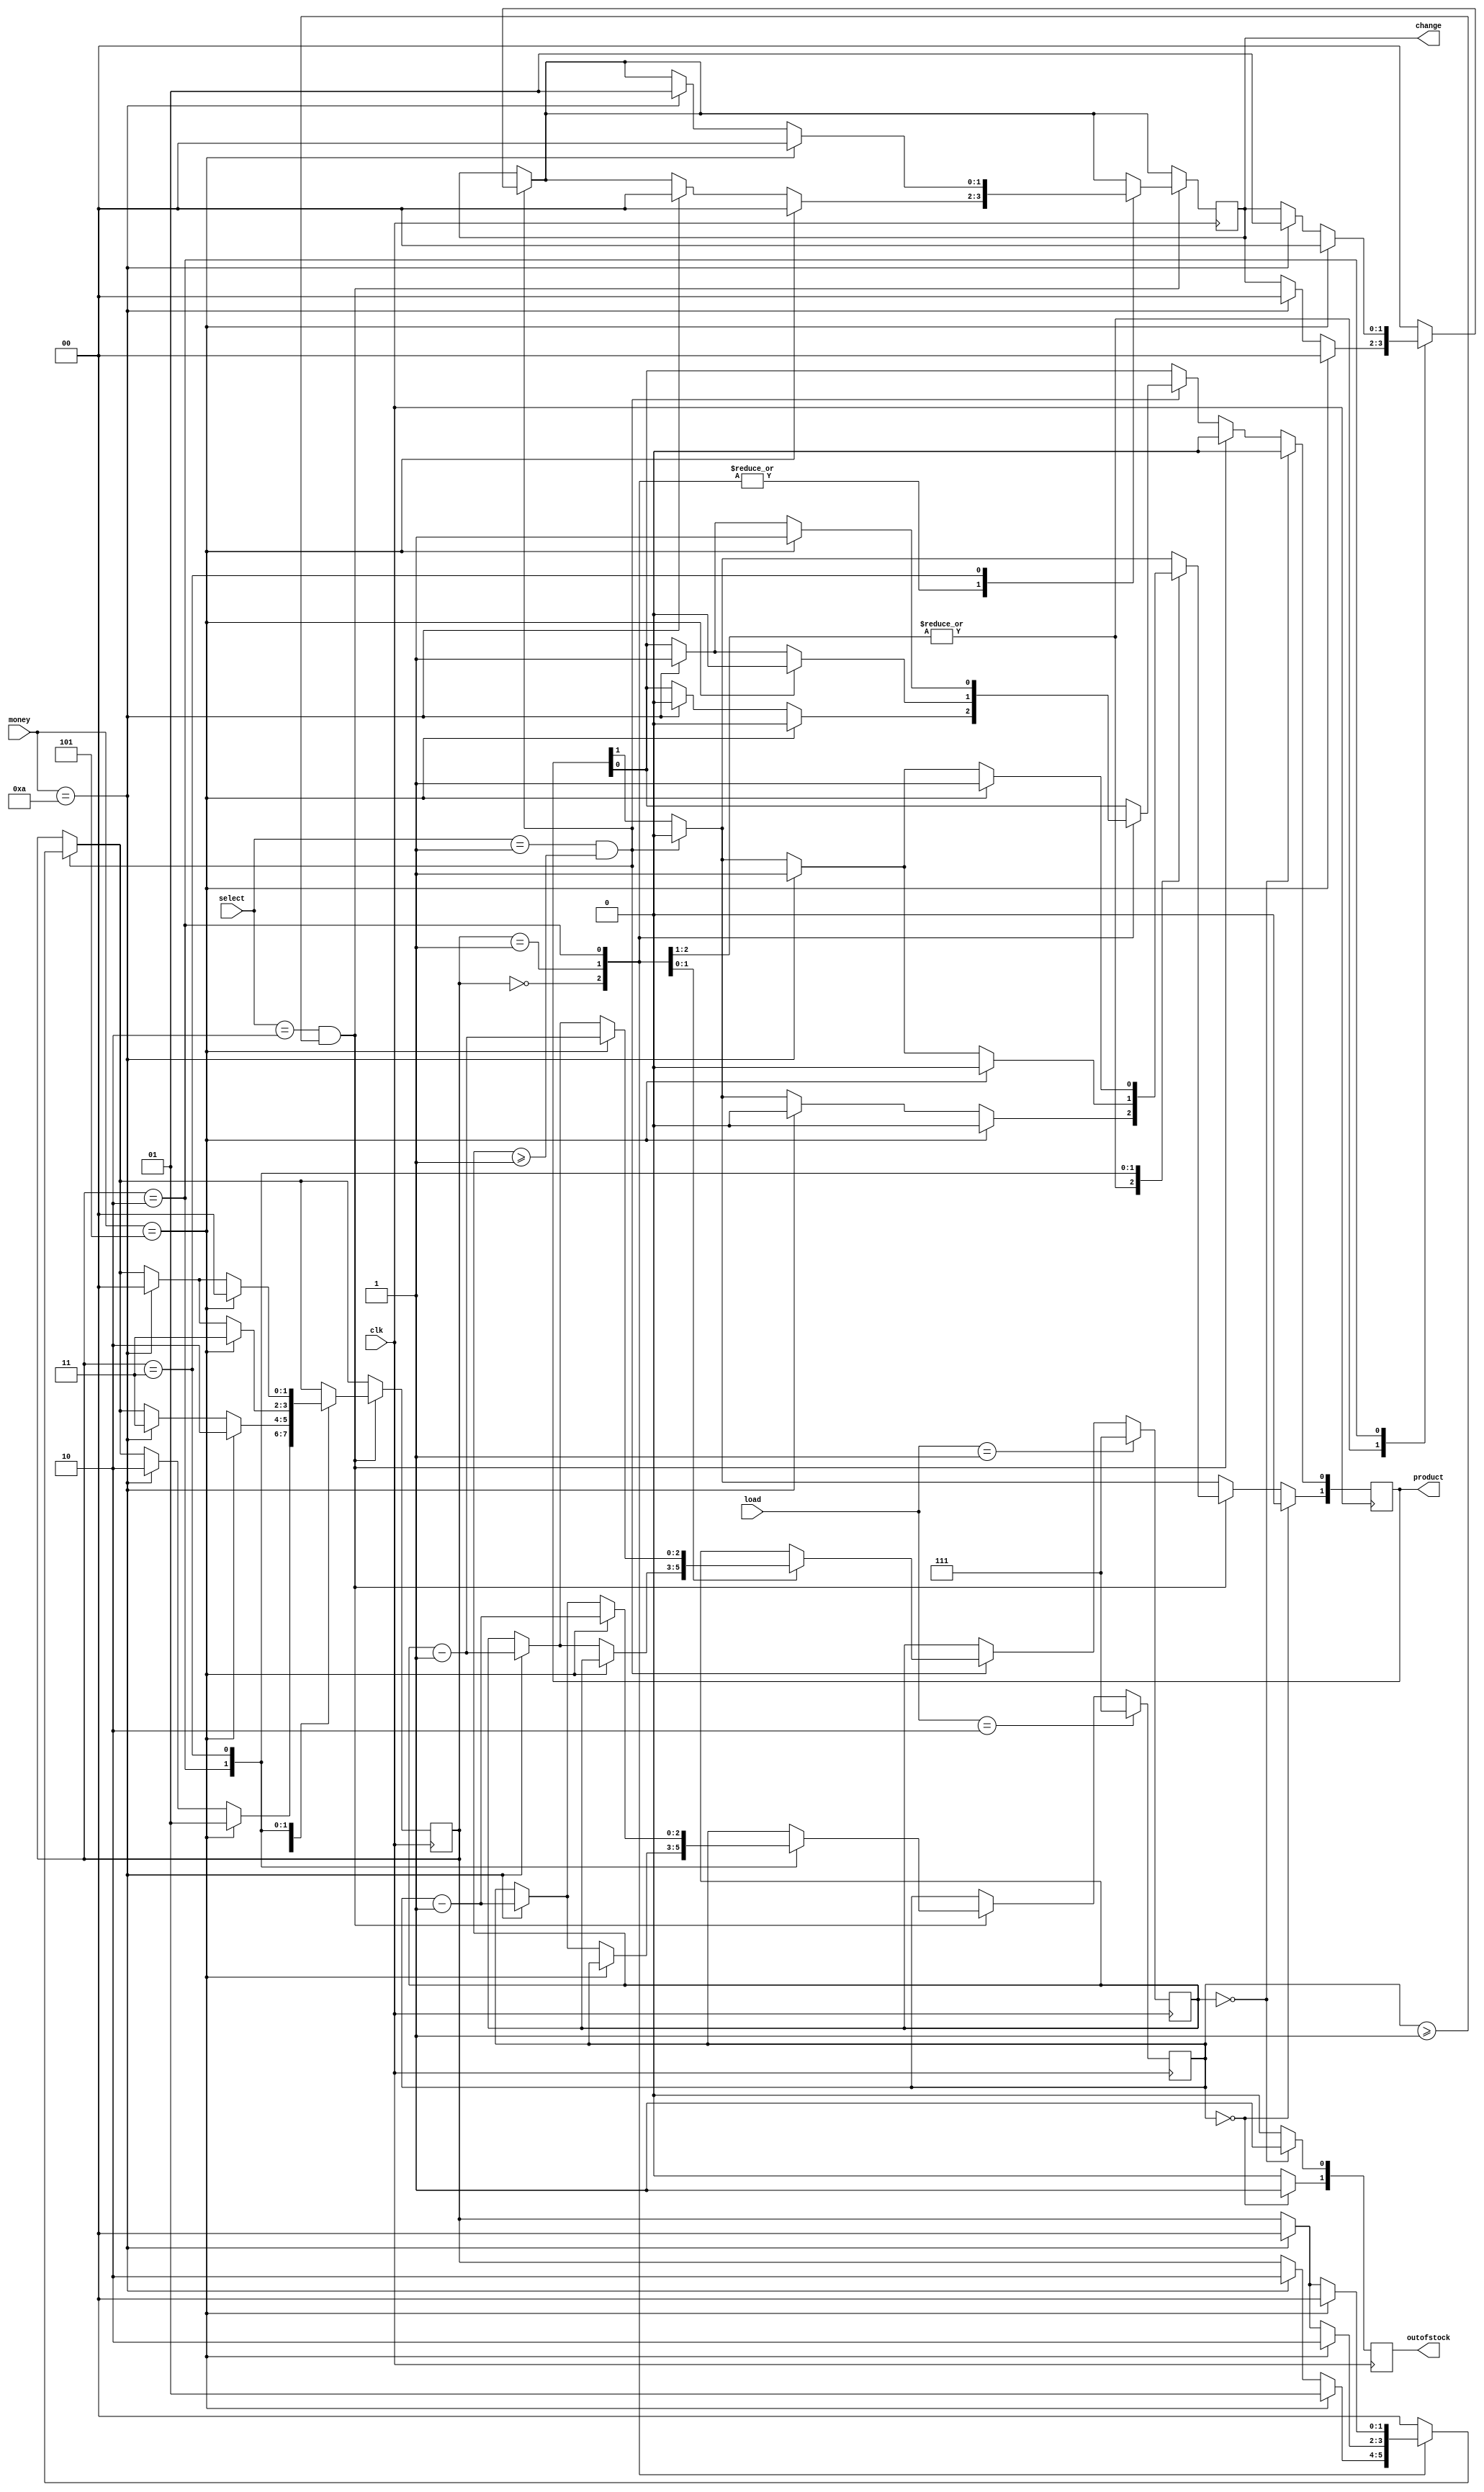
`timescale 1ns / 1ps
//////////////////////////////////////////////////////////////////////////////////
// Company: 
// Engineer: 
// 
// Design Name: 
// Module Name: vending_machine1
// Project Name: 
// Target Devices: 
// Tool Versions: 
// Description: 
// 
// Dependencies: 
// 
// Revision:
// Revision 0.01 - File Created
// Additional Comments:
// 
//////////////////////////////////////////////////////////////////////////////////


module vending_machine1(
    output reg [1:0] product,
    output reg [1:0] change,
    output reg [1:0] outofstock,
//     output reg [2:0] stock0,
    input clk,
    input [3:0] money, //money[0]=5/-,money[1]=10/-
    input [1:0] select,
    input [1:0] load
    );
    parameter s0=2'b00, s1=2'b01, s2=2'b10, s3=2'b11;
    reg [1:0] state; 
//    initial
  reg [2:0] stock0=7; //biscuit=15/-
    reg [2:0] stock1=7; //chips=20/-
    
    always@(posedge clk)
    begin    
    if(select==2'b01 && stock0>=1)
    begin 
    product[1]<=0;
    case(state)
    s0:if(money==5)
       begin
       change<=0;
       product[0]<=0;
       state<=s1;       
       end
       else if(money==10)
       begin
       change<=0;
       product[0]<=0;
       state<=s2;       
       end
     s1:if(money==5)
       begin
       change<=0;
       product[0]<=0;
       state<=s2;       
       end
       else if(money==10)
       begin
       change<=0;
       product[0]<=1;
       stock0<=stock0-1;
       state<=s0;       
       end
      s2:if(money==5)
       begin
       change<=0;
       product[0]<=1;
       stock0<=stock0-1;
       state<=s0;       
       end
       else if(money==10)
       begin
       change<=2'b01;
       product[0]<=1;
       stock0<=stock0-1;
       state<=s0;       
       end
      default:begin
              change<=0;
              state<=0; 
              end
       
     endcase   
     end
     
    if(select==2'b10 && stock1>=1)
    begin 
    product[0]<=0;
    case(state)
    s0:if(money==5)
       begin
       change<=0;
       product[1]<=0;
       state<=s1;       
       end
       else if(money==10)
       begin
       change<=0;
       product[1]<=0;
       state<=s2;       
       end
     s1:if(money==5)
       begin
       change<=0;
       product[1]<=0;
       state<=s2;       
       end
       else if(money==10)
       begin
       change<=0;
       product[1]<=0;
       state<=s3;       
       end
      s2:if(money==5)
       begin
       change<=0;
       product[1]<=0;
       state<=s3;       
       end
       else if(money==10)
       begin
       change<=0;
       product[1]<=1;
       stock1<=stock1-1;
       state<=s0;       
       end
      s3:if(money==5)
       begin
       change<=0;
       product[1]<=1;
       stock1<=stock1-1;
       state<=s0;       
       end
       else if(money==10)
       begin
       change<=2'b01;
       product[1]<=1;
       stock1<=stock1-1;
       state<=s0;       
       end
      default:begin
              change<=0;
              state<=0; 
              end
     endcase
    end
    if(stock0==0)
    begin
    outofstock[0]<=1;
    product[0]<=0;
    end
    else
    outofstock[0]<=0;
    
    if(stock1==0)
    begin
    outofstock[1]<=1;
    product[1]<=0;
    end
    else
    outofstock[1]<=0; 
    
    case(load)
    2'b01:stock0<=7;
    2'b10:stock1<=7;    
    endcase
    
    end    
endmodule